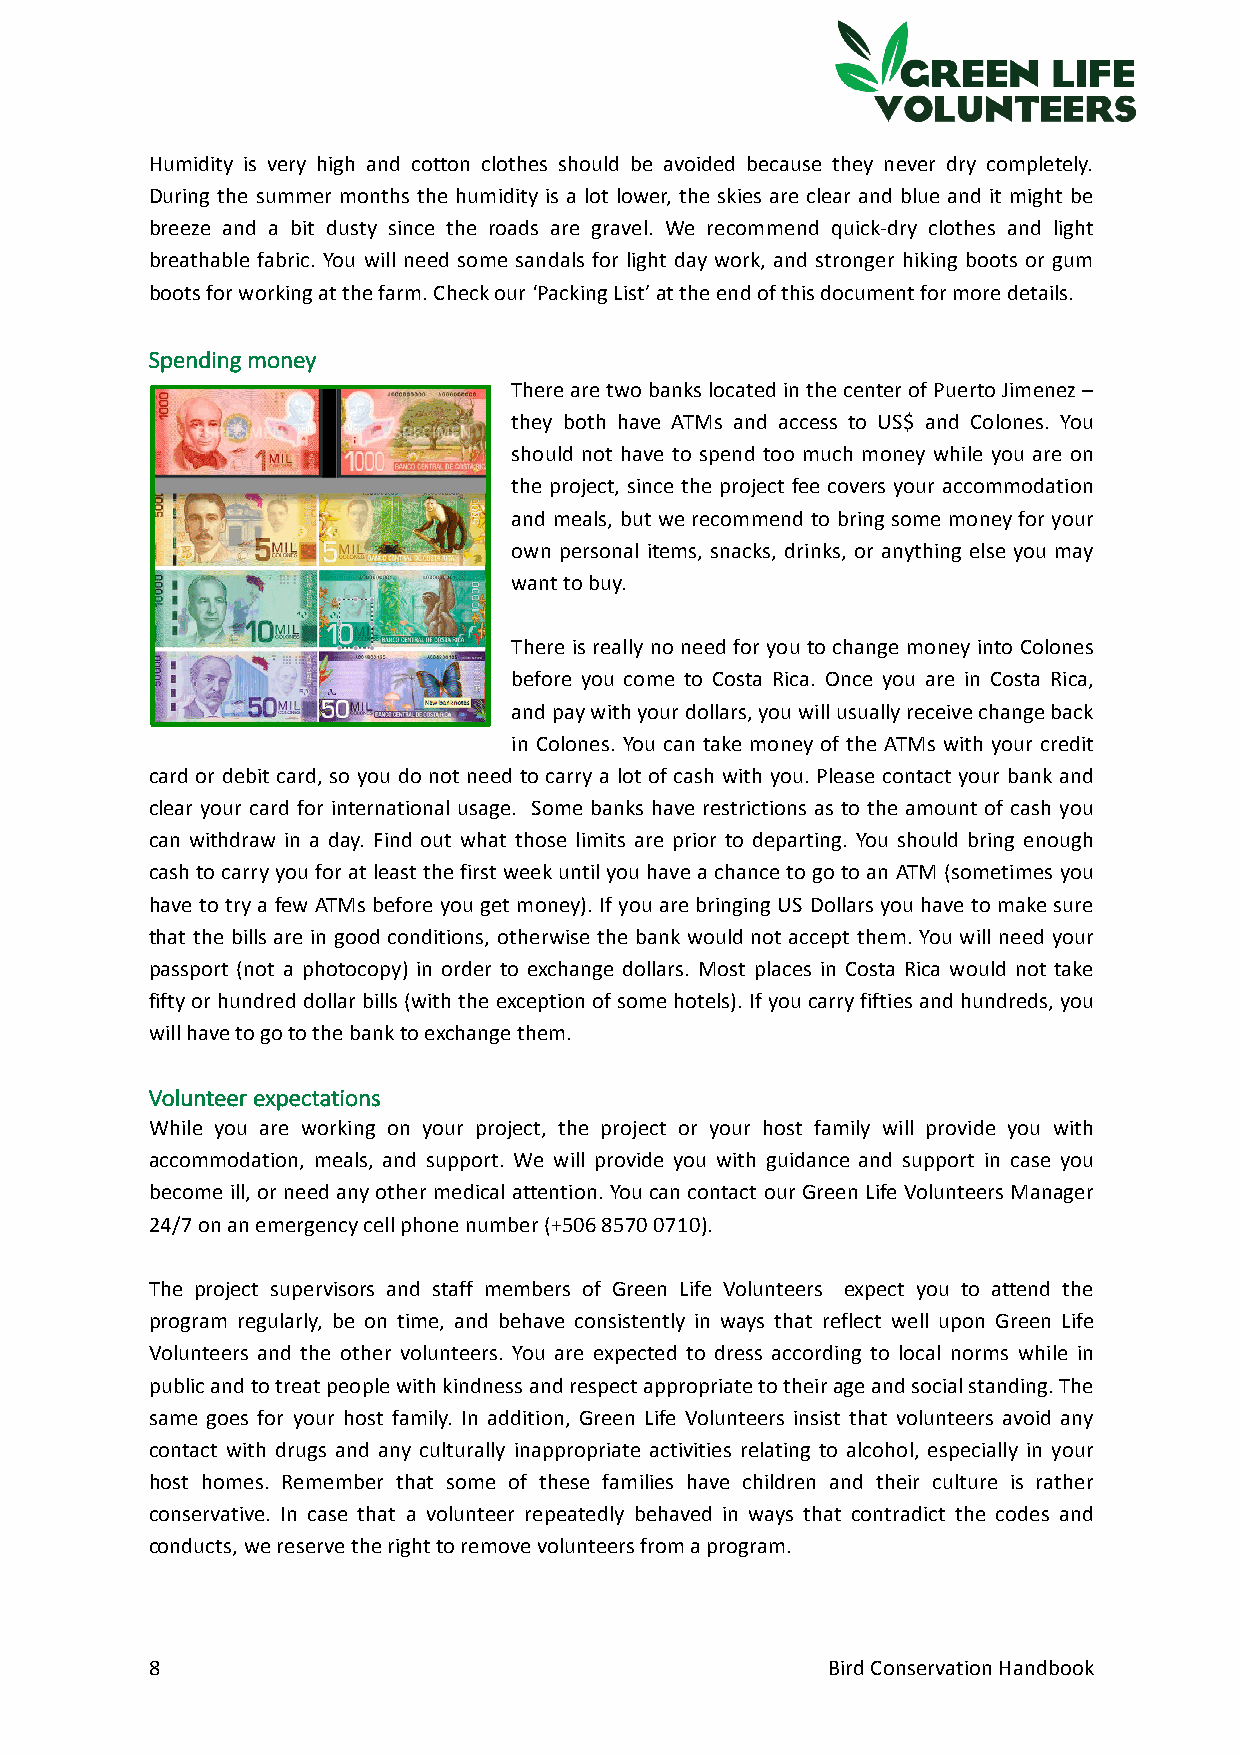
Humidity is very high and cotton clothes should be avoided because they never dry completely.
 During the summer months the humidity is a lot lower, the skies are clear and blue and it might be
 breeze and a bit dusty since the roads are gravel. We recommend quick-dry clothes and light
 breathable fabric. You will need some sandals for light day work, and stronger hiking boots or gum
 boots for working at the farm. Check our ‘Packing List’ at the end of this document for more details.
 Spending money
 There are two banks located in the center of Puerto Jimenez –
 they both have ATMs and access to US$ and Colones. You
 should not have to spend too much money while you are on
 the project, since the project fee covers your accommodation
 and meals, but we recommend to bring some money for your
 own personal items, snacks, drinks, or anything else you may
 want to buy.
 There is really no need for you to change money into Colones
 before you come to Costa Rica. Once you are in Costa Rica,
 and pay with your dollars, you will usually receive change back
 in Colones. You can take money of the ATMs with your credit
 card or debit card, so you do not need to carry a lot of cash with you. Please contact your bank and
 clear your card for international usage. Some banks have restrictions as to the amount of cash you
 can withdraw in a day. Find out what those limits are prior to departing. You should bring enough
 cash to carry you for at least the first week until you have a chance to go to an ATM (sometimes you
 have to try a few ATMs before you get money). If you are bringing US Dollars you have to make sure
 that the bills are in good conditions, otherwise the bank would not accept them. You will need your
 passport (not a photocopy) in order to exchange dollars. Most places in Costa Rica would not take
 fifty or hundred dollar bills (with the exception of some hotels). If you carry fifties and hundreds, you
 will have to go to the bank to exchange them.
 Volunteer expectations
 While you are working on your project, the project or your host family will provide you with
 accommodation, meals, and support. We will provide you with guidance and support in case you
 become ill, or need any other medical attention. You can contact our Green Life Volunteers Manager
 24/7 on an emergency cell phone number (+506 8570 0710).
 The project supervisors and staff members of Green Life Volunteers expect you to attend the
 program regularly, be on time, and behave consistently in ways that reflect well upon Green Life
 Volunteers and the other volunteers. You are expected to dress according to local norms while in
 public and to treat people with kindness and respect appropriate to their age and social standing. The
 same goes for your host family. In addition, Green Life Volunteers insist that volunteers avoid any
 contact with drugs and any culturally inappropriate activities relating to alcohol, especially in your
 host homes. Remember that some of these families have children and their culture is rather
 conservative. In case that a volunteer repeatedly behaved in ways that contradict the codes and
 conducts, we reserve the right to remove volunteers from a program.
 8                                            Bird Conservation Handbook